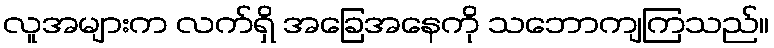
လူအများက လက်ရှိ အခြေအနေကို သဘောကျကြသည်။